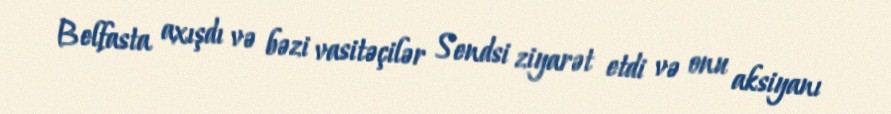
Belfasta axışdı və bəzi vasitəçilər Sendsi ziyarət etdi və onu aksiyanı